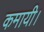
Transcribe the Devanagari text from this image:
कमायी।